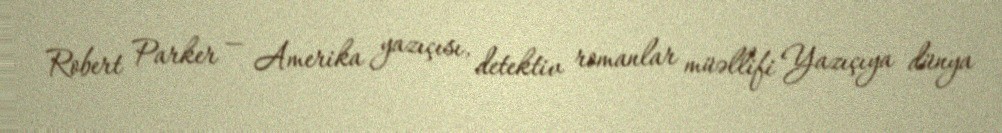
Robert Parker — Amerika yazıçısı, detektiv romanlar müəllifi Yazıçıya dünya